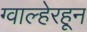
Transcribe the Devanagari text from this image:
ग्वाल्हेरहून